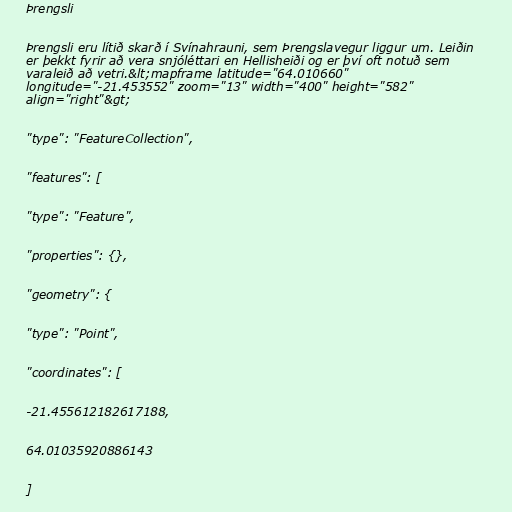
Þrengsli

Þrengsli eru lítið skarð í Svínahrauni, sem Þrengslavegur liggur um. Leiðin
er þekkt fyrir að vera snjóléttari en Hellisheiði og er því oft notuð sem
varaleið að vetri.&lt;mapframe latitude="64.010660"
longitude="-21.453552" zoom="13" width="400" height="582"
align="right"&gt;

"type": "FeatureCollection",

"features": [

"type": "Feature",

"properties": {},

"geometry": {

"type": "Point",

"coordinates": [

-21.455612182617188,

64.01035920886143

]